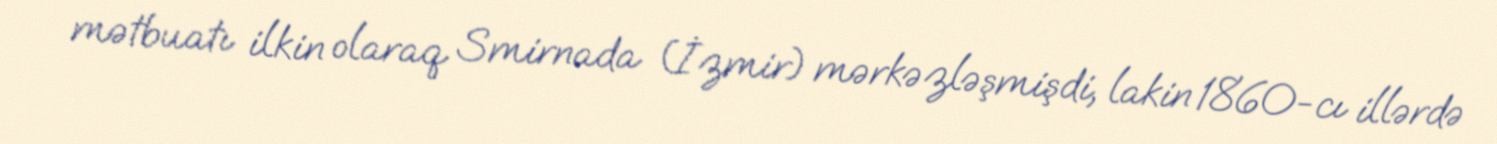
mətbuatı ilkin olaraq Smirnada (İzmir) mərkəzləşmişdi, lakin 1860-cı illərdə